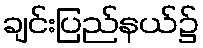
ချင်းပြည်နယ်၌